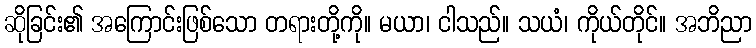
ဆိုခြင်း၏ အကြောင်းဖြစ်သော တရားတို့ကို။ မယာ၊ ငါသည်။ သယံ၊ ကိုယ်တိုင်။ အဘိညာ